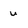
Character: u